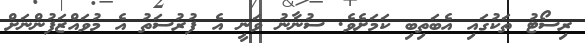
ރިސޯޓު ތަކުގައި އެބަތިބި ކަމަށެވެ. ސުނާނު ވަނީ އެ ފުރުސަތު އެ މުވައްޒަފުންނަށް